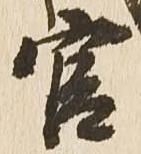
官